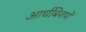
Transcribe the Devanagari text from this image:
आर्चबिशपों